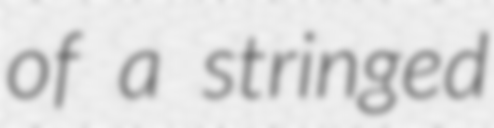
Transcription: of a stringed